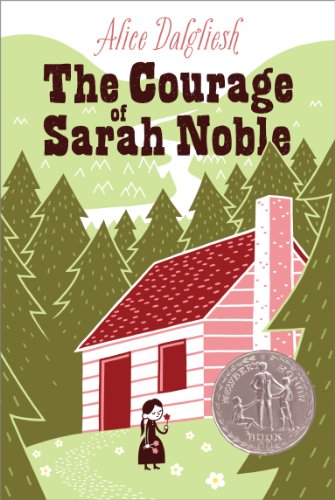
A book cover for The Courage of Sarah Noble; Alice Dalgliesh; Children's Books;